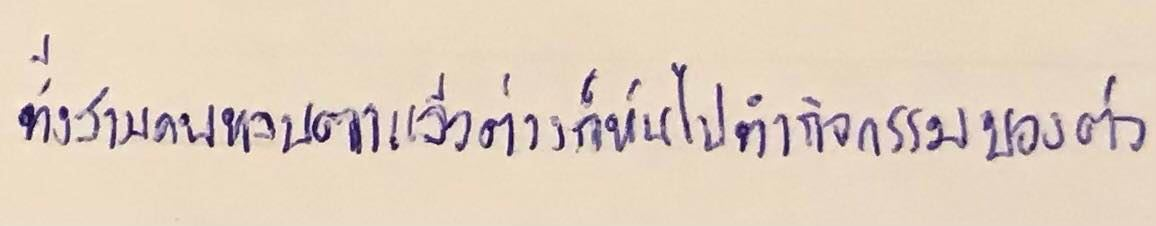
ทั้งสามคนหลบตาแล้วต่างก็หันไปทำกิจกรรมของตัว